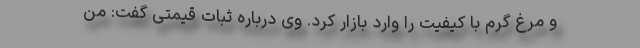
و مرغ گرم با کیفیت را وارد بازار کرد. وی درباره ثبات قیمتی گفت: من